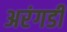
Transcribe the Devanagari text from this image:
अरंगडी